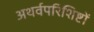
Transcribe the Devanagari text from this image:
अथर्वपरिशिष्टों